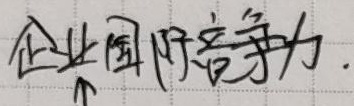
企业国际竞争力.